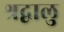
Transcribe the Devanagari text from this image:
श्रद्वालु